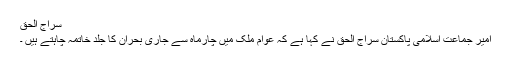
سراج الحق
امیر جماعت اسلامی پاکستان سراج الحق نے کہا ہے کہ عوام ملک میں چارماہ سے جاری بحران کا جلد خاتمہ چاہتے ہیں ۔